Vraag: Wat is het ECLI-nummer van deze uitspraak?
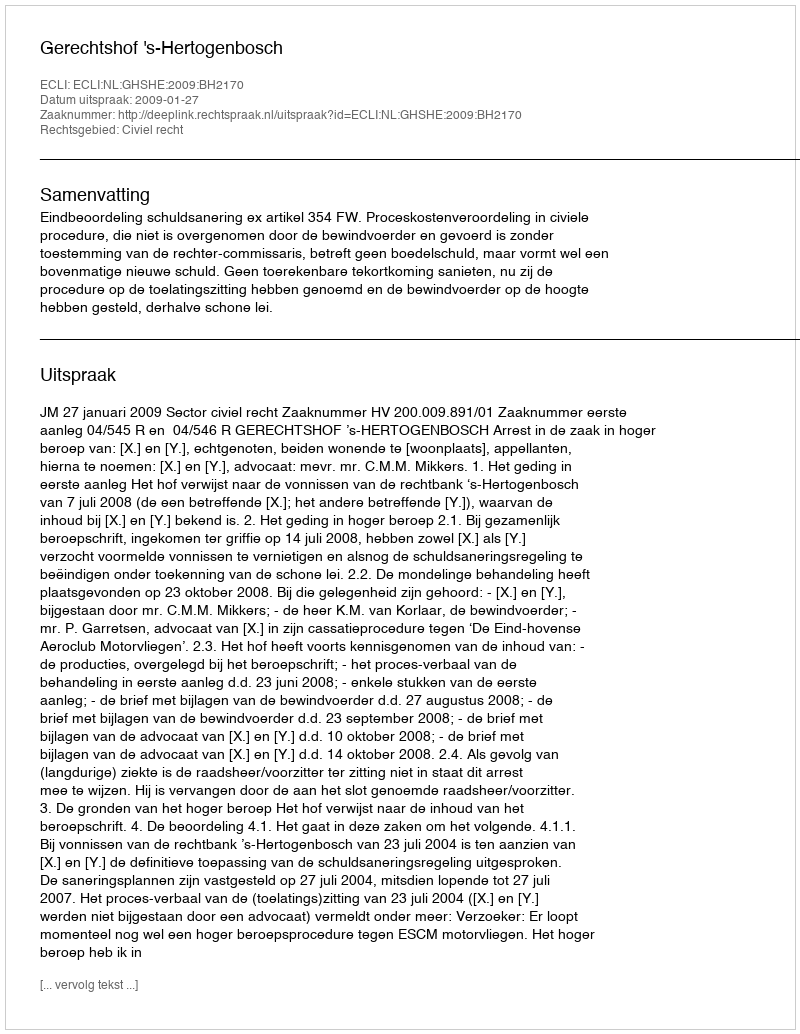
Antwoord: ECLI:NL:GHSHE:2009:BH2170